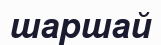
шаршай